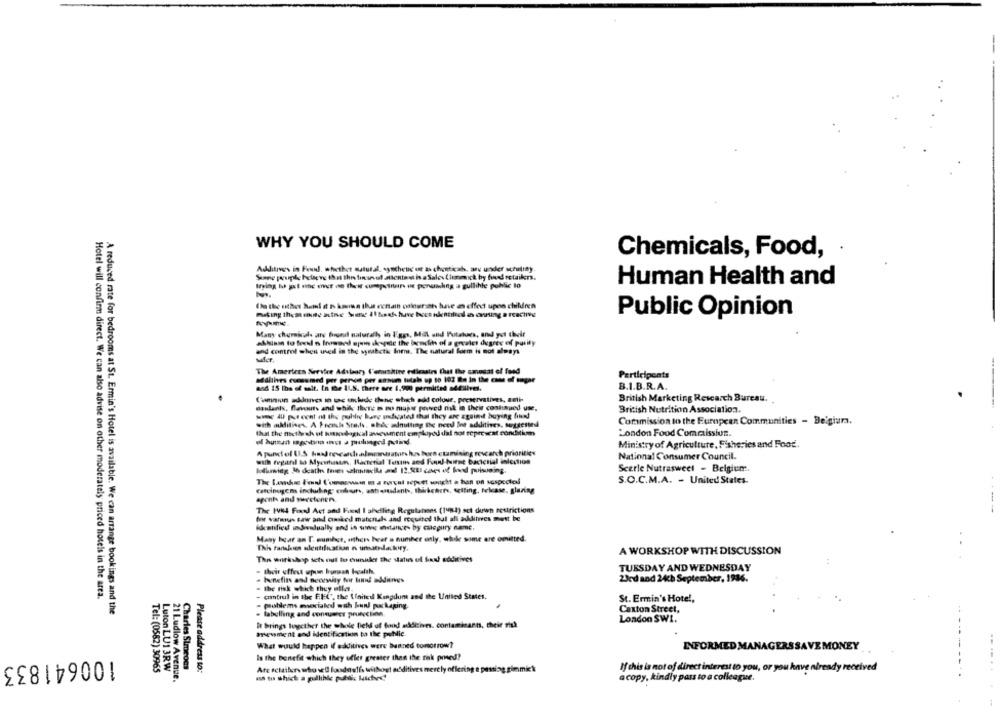
WHY YOU SHOULD COME
Chemicals, Food,
Additives in Feul. whether sututal, synchend ut as chuticab, anu under scrutiny
trying I get moc ever on that cumpcinin is ponunhing a gullihle public to
Human Health and
Da the other hand at 5 kmis thus echan oslounish have es effect upon children
Public Opinion
Many chemicals are found naturally in Figg, Mill and Potatoes, and yet their
and contmi when aned in the wywabcti Iommi. The natural form is not always
The Americen Servhe Advlaory l'oramatine estimates that the sausat of fond
Participeats
additives eseusmed per person per annum totals up to 102 Ba in the case of sugar
and 15 ihs of salt. In the ILS. there are 1.900 permitted sdedives.
B.I.B.R.A.
Camion zdlives in tac ulude donc which add colour, preservatives, anti-
British Marketing Research Bureau.
danlants, flavours and while there is no mupe proved nik in their continued use,
British Nutrition Association.
sim 4 percent of the publi bang uificated that they are agoind buying find
with additives. A Fremske Stes. she- alnulting the need for additives, suggested
Coramission to the European Communities - Beigiara.
that the factly ak ut humordagkcal anewment employed dal not represent conditis
London Food Commaissiun.
- human moon - a puluagod potind.
Ministry of Agriculture, Fisheries and Food.
Apuntol (1S budrecesdalmentsatorshas born ctamining rescarch priorities
with regard to Mycartasun. Bacterial Toxin and Fuud-huitse bacterial infection
National Consumer Council.
Scerle Nutrasweet - Belgium.
The Lands Fol Comaswan m a Forçai sépett sought a han on suspectel
S.O.C.M.A. - United States.
Carcinogens including; endeurs, aatestadanis, thickchers, setting, felcase, glaring
agents and sweeteners
The IVi4 Fixed Act and Focel I ahelling Regulations (1982) sct down restrictions
fot vahus taw and cked matenals and requited that all additives must be
Identified individually and in utes instances by culegury name,
Many hear an [. oumbct, others brat a number only, while some are omitted.
This tarbes sdentification n unatrackity,
A WORKSHOP WITH DISCUSSION
The workshop sch oul to eviniler the waters of food additives
TUESDAY AND WEDNESDAY
- their effect upon hurst health,
benefits and neonsaity for fun! addieries
23rd and 24ch September, 1936.
. the risk which they ella.
Hotel will confirm direct. We can also advise on other moderately priced hotels in the area.
- cmtrul in the FFC, the United Kinpdumt and the United States.
St. Ermin's Hotel,
A reduced rate for bedrooms at St. Ermin's Hotel is available. We can arrange bookings and the
problems msocialed esh kund packaging
Caxton Street,
. labelling and consumer protection.
London SW1.
It brings together the whole field of food additives. contaminants, their risk
meument and identification to the public.
What would happen if additives were burned tomorrow?
INFORMED MANAGERS SAVEMONEY
100641833
Is the benefit which they ufler greater than the risk pred?
Luton LUI 3RW
Charles Simeons
Please address to:
If this is not of direct interest to you, or you have already received
Tel: (0582) 30965
Are eclailer who sell fooddetis withogt additives mertly offering a passing gimmick
21 Ludlow Avenue.
( to which a gullible public Matches!
acopy, kindly pass to a colleague.